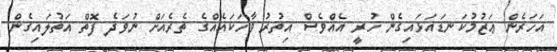
އަހަރެން ޢަޒުމުކަނޑައަޅައިގެން ހުރީ އެއްވެސް އިތުރު ވާހަކައެއްގެ ތެރެއަށް ނުވަދެ ފޮތް އަތުލައިގެން